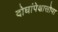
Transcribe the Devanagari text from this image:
दोघांपेक्षासोपा